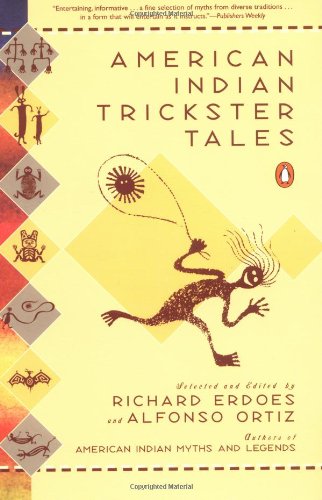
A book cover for American Indian Trickster Tales (Myths and Legends); Richard Erdoes; Literature & Fiction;